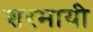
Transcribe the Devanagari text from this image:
शरमायी